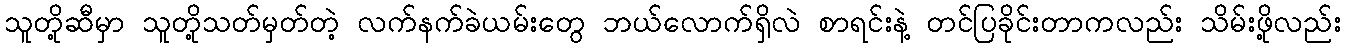
သူတို့ဆီမှာ သူတို့သတ်မှတ်တဲ့ လက်နက်ခဲယမ်းတွေ ဘယ်လောက်ရှိလဲ စာရင်းနဲ့ တင်ပြခိုင်းတာကလည်း သိမ်းဖို့လည်း